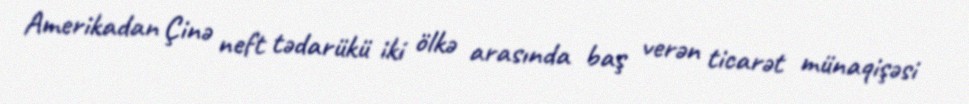
Amerikadan Çinə neft tədarükü iki ölkə arasında baş verən ticarət münaqişəsi